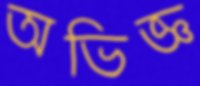
অভিজ্ঞ